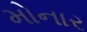
મોનાર